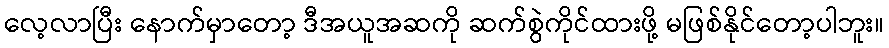
လေ့လာပြီး နောက်မှာတော့ ဒီအယူအဆကို ဆက်စွဲကိုင်ထားဖို့ မဖြစ်နိုင်တော့ပါဘူး။